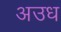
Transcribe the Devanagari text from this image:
अउध